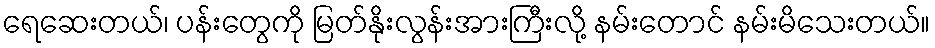
ရေဆေးတယ်၊ ပန်းတွေကို မြတ်နိုးလွန်းအားကြီးလို့ နမ်းတောင် နမ်းမိသေးတယ်။